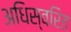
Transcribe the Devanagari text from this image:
अधिस्वरित